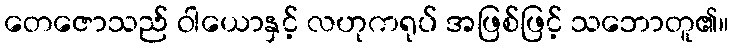
တေဇောသည် ဝါယောနှင့် လဟုကရုပ် အဖြစ်ဖြင့် သဘောတူ၏။